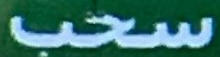
سحب